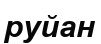
руйан